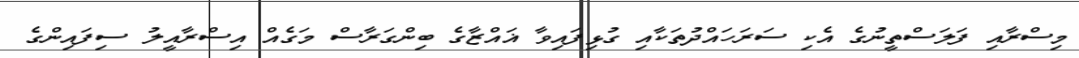
މިސްރާއި ފަލަސްތީނުގެ އެކި ސަރަހައްދުތަކާއި ގުޅިފައިވާ ޣައްޒާގެ ބިންގަރާސް މަގެއް އިސްރާއީލު ސިފައިންގެ